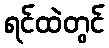
ရင်ထဲတွင်